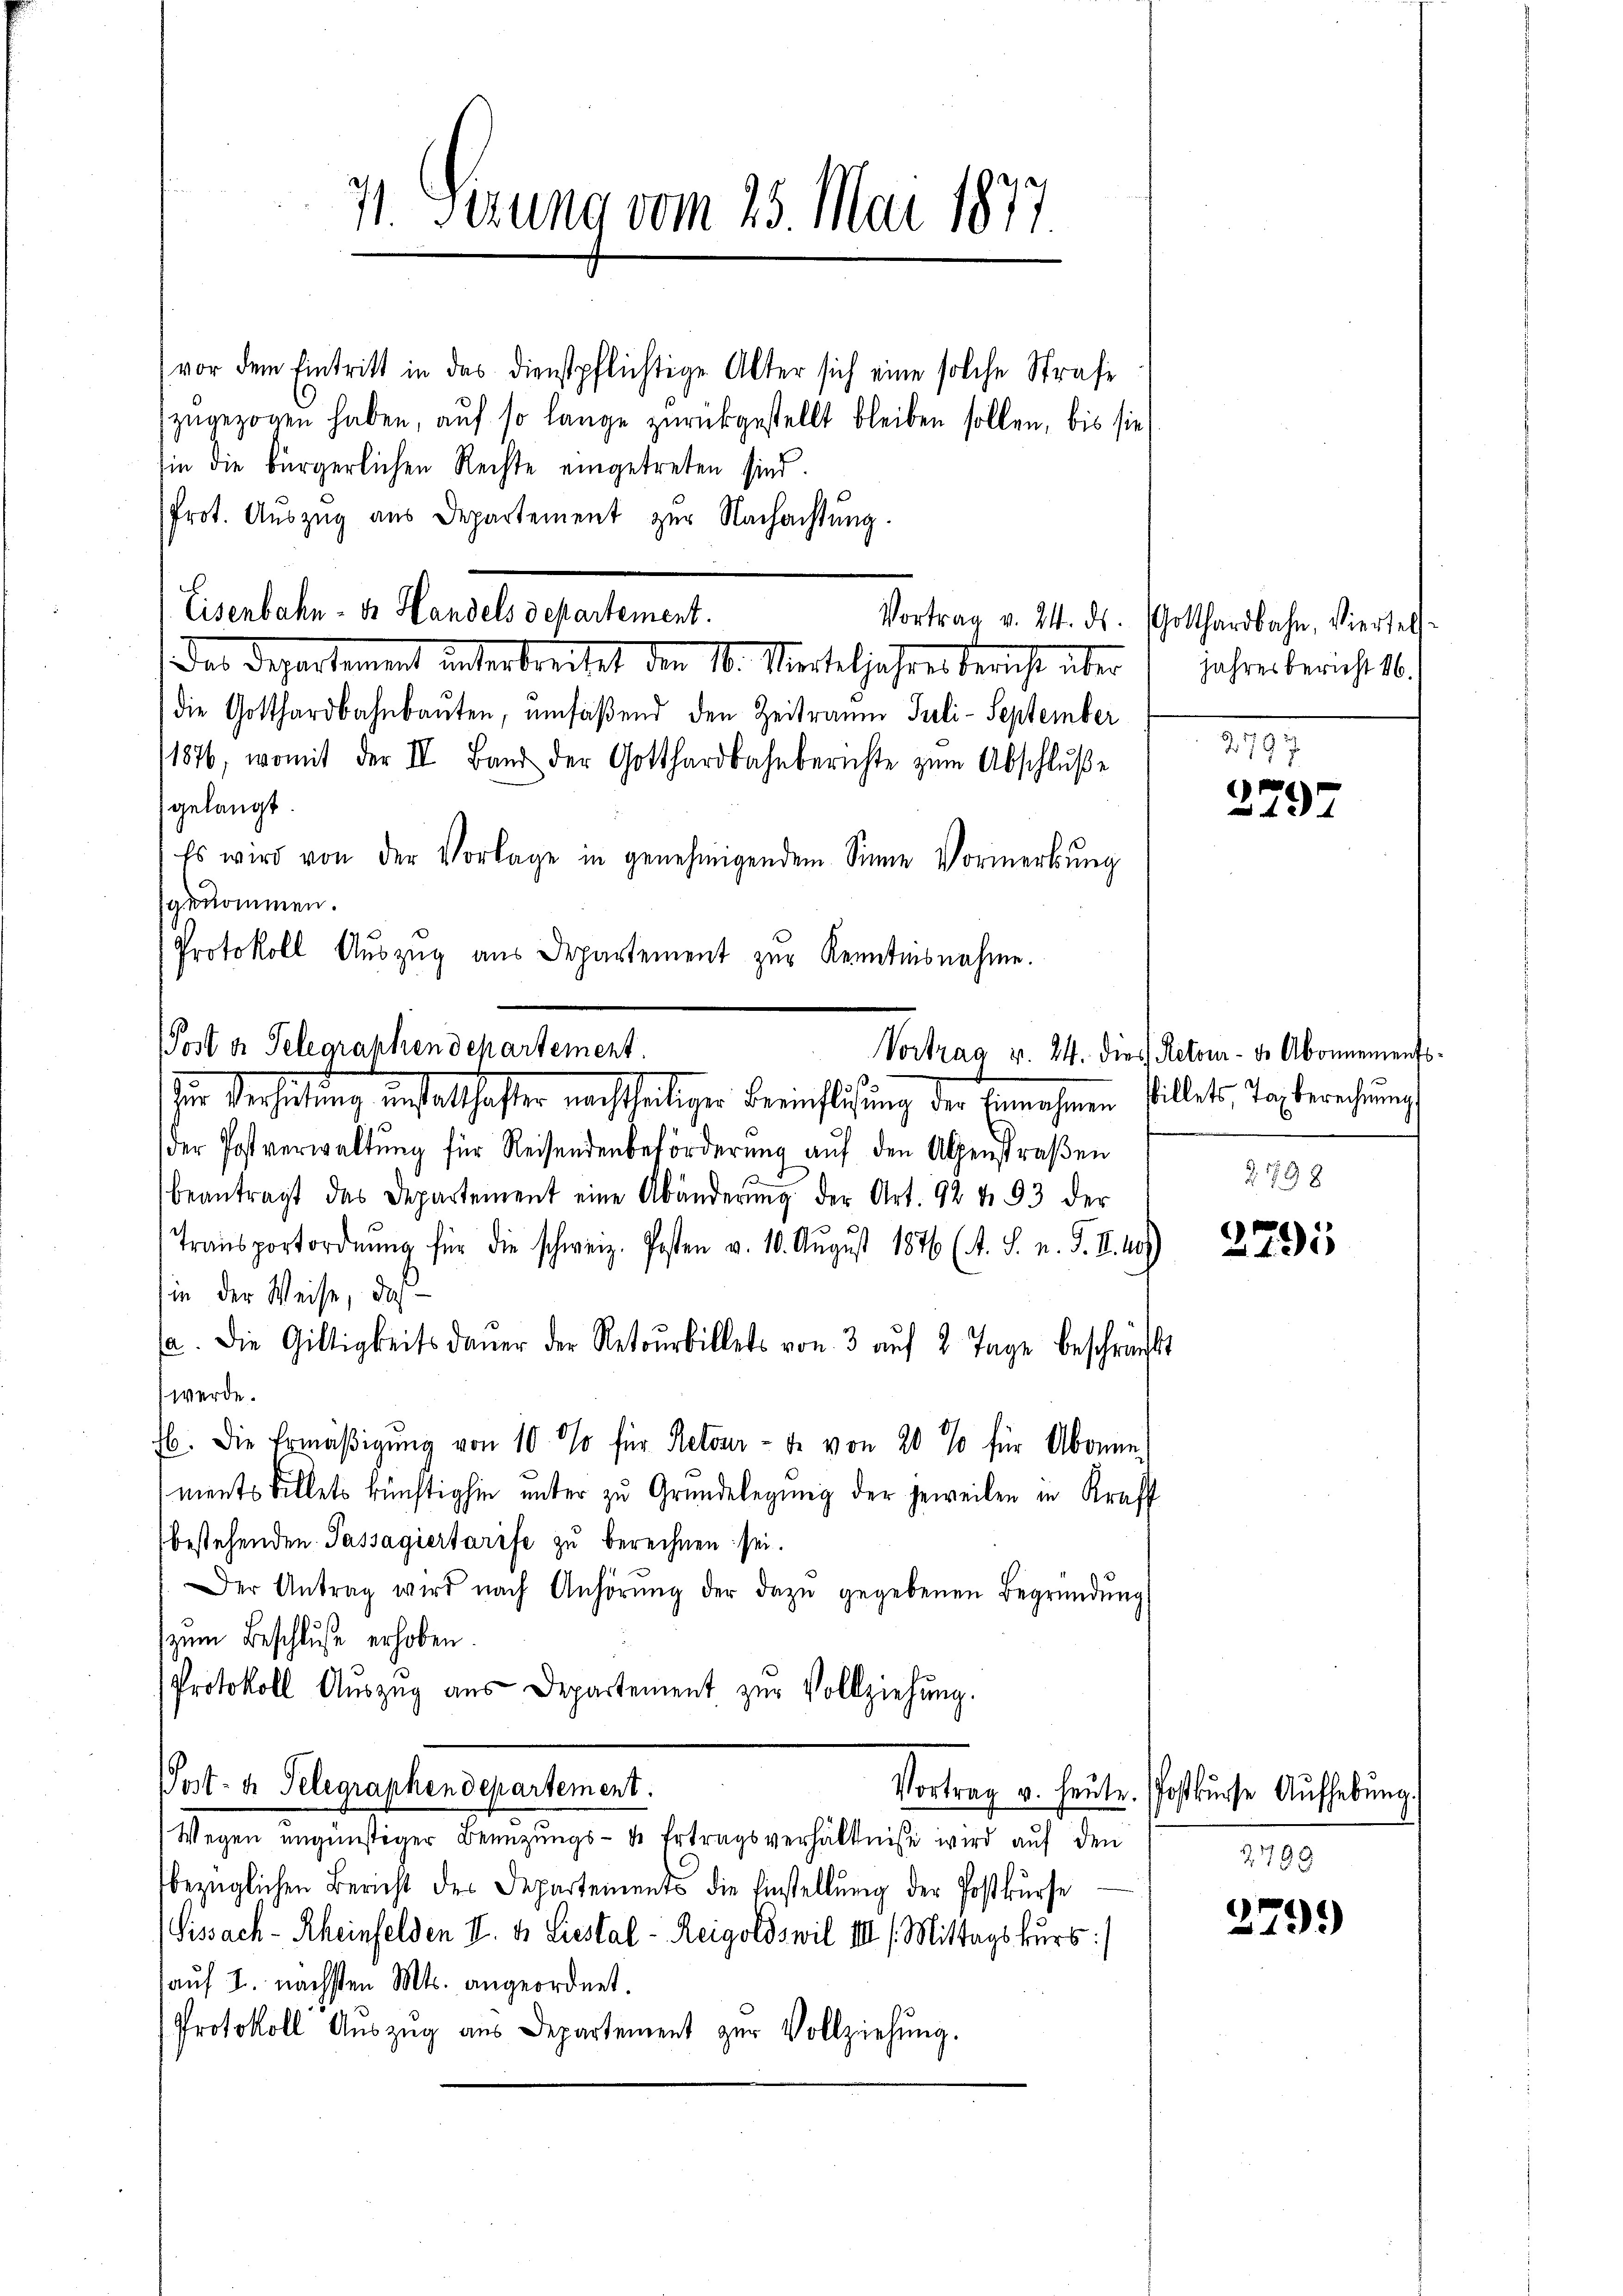
vor dem Eintritt in das dienstpflichtige Alter sich eine solche Strafe
zugezogen haben, auf so lange zurückgestellt bleiben sollen, bis sie
sie die bürgerlichen Rechte eingetreten sind.
Prot. Auszug aus Departement zur Nachachtung.
Das Departement unterbrechet, den 10. Marteljahres bericht über
die Gotthardbahnbauten, umfaßend den Zeitraum Juli - September
11876, womit der II. Band der Gotthardbahnberichte zŭm Abschlŭβe
gelangt.
Es wird von der Vorlage in genehmigendem Sinne Vormerkŭng
gekommen.
Protokoll Auszug aus Departement zur Kenntnisnahme.
zur Verhütung instatthafter nachtseitiger Berechlißung der Benehmen Willett, Tagberechung
der Postverwaltŭng für Reisendenbeförderŭng aŭf den Alpenstraβen
beantragt des Departement eine Abänderŭng der Art. 92 f. 93 der
Transportordnŭng für die schweiz. Posten v. 10. Aŭgŭst 1876 (A. S. n. F. II. 19)
in der Weise, daß
a. Die Giltigkeitsdaŭer der Retourbillets von 3 auf 2 Tage beschrift
werde.
b. Die Ermäβigŭng von 10 %% für Retour- u. von 20 % für Abonne
ments billets künftighin unter zu Gründelegung der jeweilen in Kraff
bestehenden Passagiertarife zu berechnen sei.
Der Antrag wird nach Anhörŭng der dazu gegebenen Begründŭng
zum Beschluße erhoben
Protokoll Aŭszŭg aŭs Departement zŭr Vollziehŭng.
Post- u. Telegraphendepartement.
Vortrag u. heute. Postkurse Aufhebung
Wegen ungünstiger Benuzungs- der Ertragsverhältnisse wird auf den
bezüglichen Bericht des Departements die Einstellŭng der Postkŭrse
Gissach-Rheinfelden II. d. Liestal-Reigolöswil III /: Mittagskurs
auf 2. nächsten Mts. angeordnet.
Protokoll Auszug aus Departement zur Vollziehung.

71. Serung vom 25. Mai 1877.

Eisenbahn- u. Handels departement.

Post a Telegraphendepartement.

Vortrag v. 24. ds. Gotthardbahn, Viertell-
jahresbericht 16.

2797
2797

Vortrag v. 24. dies Retour de Abonnements.

Z. 1798

2791

2799

3799